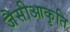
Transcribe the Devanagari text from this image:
जैसीआकृति